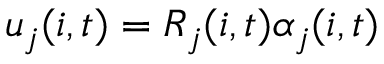
u _ { j } ( i , t ) = R _ { j } ( i , t ) \alpha _ { j } ( i , t )